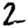
Digit: 2